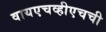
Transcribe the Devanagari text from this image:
वायएचव्हीएचची